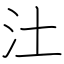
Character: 汢